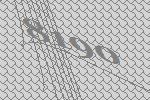
8190